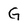
Character: G